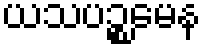
ယသပဉ္စမေန